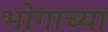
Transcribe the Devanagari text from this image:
भोगाच्या